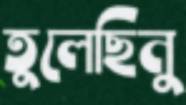
তুলেছিনু